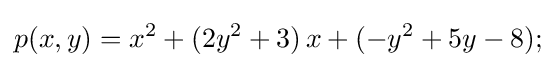
p(x,y)=x^{2}+(2y^{2}+3)\,x+(-y^{2}+5y-8);